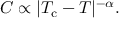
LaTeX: C \propto | T _ { \mathrm { c } } - T | ^ { - \alpha } .